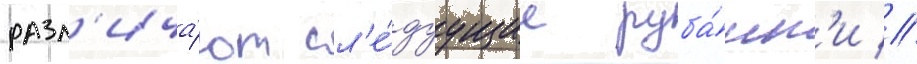
разл'ича́ют сл'е́дуущие руба́нк'и //